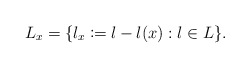
\begin{align*} L_x = \{l_x\coloneqq l-l(x): l \in L\}. \end{align*}